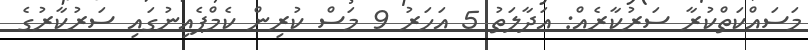
މަސައްކަތްކުރާ ސަރުކާރެއް: އަދާލަތު 5 އަހަރު 9 މަސް ކުރިން ކެމްޕެއިނުގައި ސަރުކާރުގެ